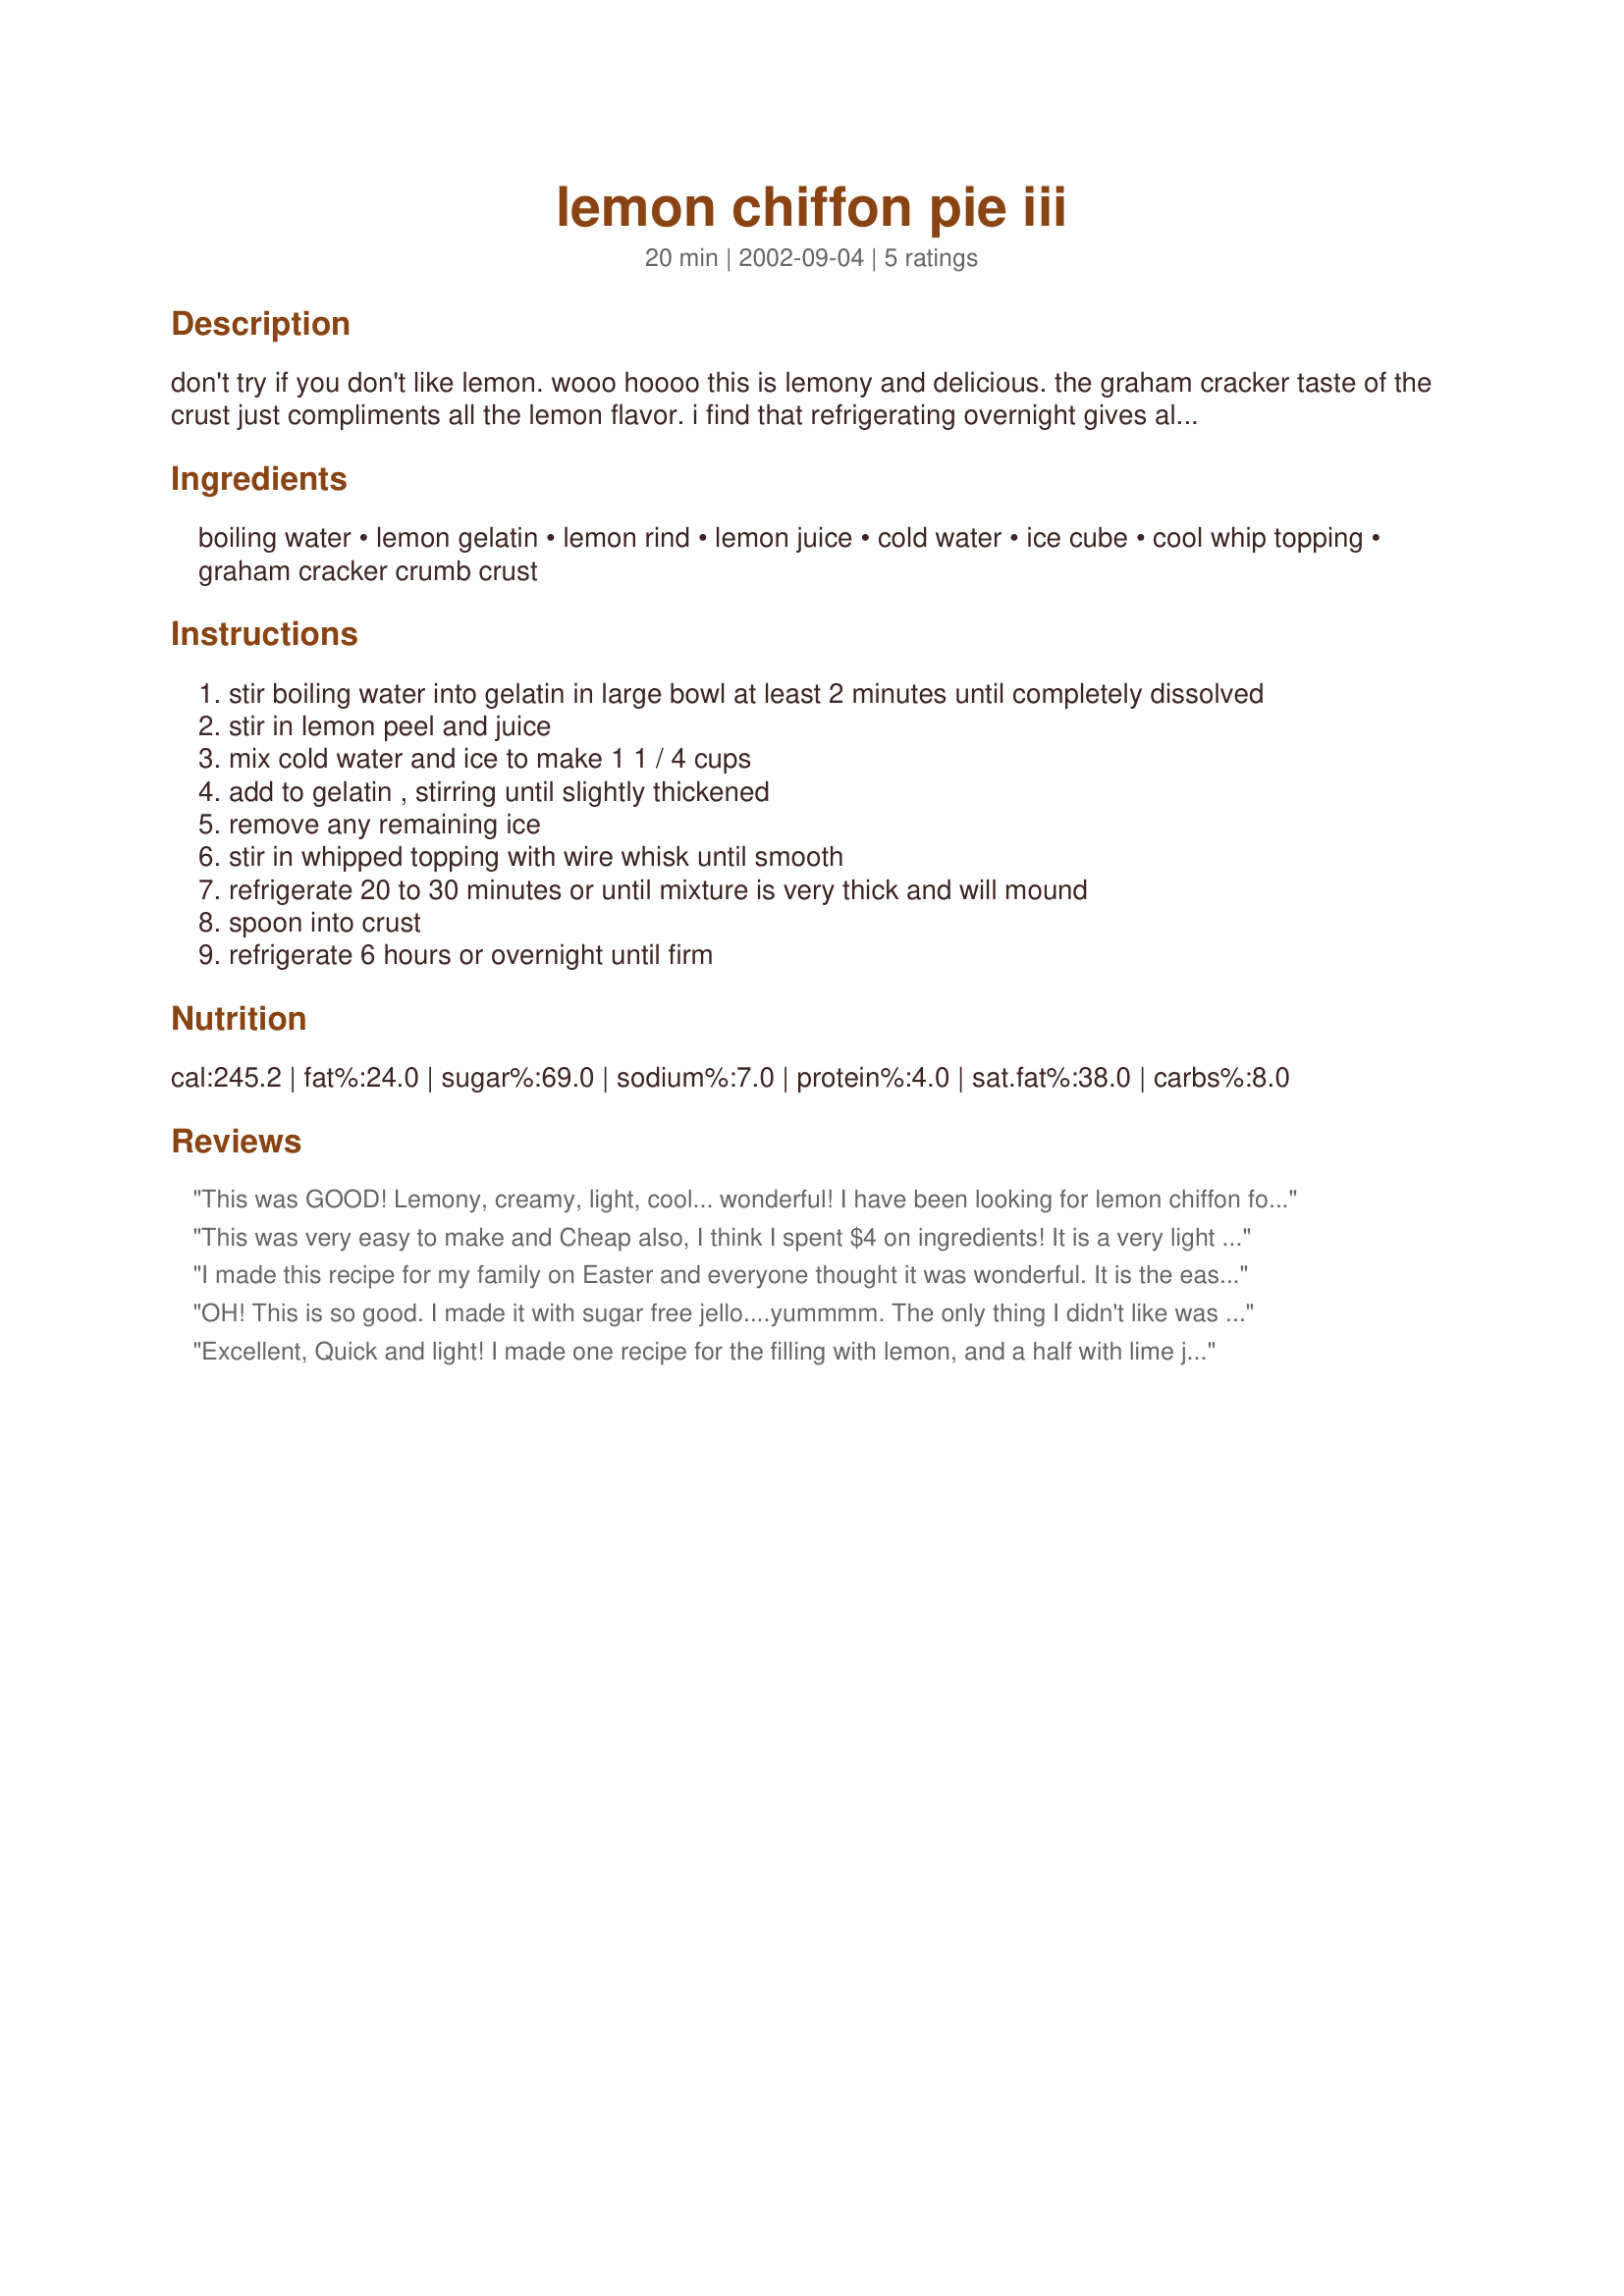
lemon chiffon pie iii
Preparation time: 20 minutes

don't try if you don't like lemon. wooo hoooo this is lemony and delicious. the graham cracker taste of the crust just compliments all the lemon flavor. i find that refrigerating overnight gives all the ingredients time to really have that taste a "chiffon" pie such as this should have. i got this recipe out of my jello brand recipe book years ago. been making it ever since then. hope you enjoy. :)

Ingredients:
boiling water, lemon gelatin, lemon rind, lemon juice, cold water, ice cube, cool whip topping, graham cracker crumb crust

Steps:
stir boiling water into gelatin in large bowl at least 2 minutes until completely dissolved
stir in lemon peel and juice
mix cold water and ice to make 1 1 / 4 cups
add to gelatin , stirring until slightly thickened
remove any remaining ice
stir in whipped topping with wire whisk until smooth
refrigerate 20 to 30 minutes or until mixture is very thick and will mound
spoon into crust
refrigerate 6 hours or overnight until firm

Reviews:
This was GOOD! Lemony, creamy, light, cool... wonderful! I have been looking for lemon chiffon for ages, (my brother loves the buffet restaurants and I like the lemon chiffon dessert at them) most recipes I've found are complicated and I thought 'it can't be that hard'. When I saw this recipe I knew I was on the right track. I made the filling without the lemon rind and served it with no crust. The bowl was scraped clean at the end of the meal and many commented on how good it was. I note one thing was that it didn't stay firm for me as a lemon chiffon should nor was it as yellow. Maybe there's the heat factor, it's about a hundred on average these days here, or the high altitude factor. I will make this again because it was really that good. I think I will decrease the amount of cold water I add and see if it holds firmer for me. Thank you for a wonderful recipe!
This was very easy to make and Cheap also, I think I spent $4 on ingredients! It is a very light dessert a perfect ending to the meal.
I made this recipe for my family on Easter and everyone thought it was wonderful. 
It is the easiest pie I think I have ever made, the hardest part was making the graham cracker crust instead of buying one.
I also made it with sugar-free jello for my diabetic husband and he thought it was Heaven on earth.
OH! This is so good. I made it with sugar free jello....yummmm.
The only thing I didn't like was I bought a store brand of cool whip. Cool whip had been on sale and was all gone. I only put a little because it tasted so fake vanilla I was afarid it would ruin the whole thing. It taste really good and would be a lot fluffier with the right amount. And I will make it with cool whip next time....and I love lemon deserts so it will be a next time. For thanksgiving I am going to make this, divide it in 1/2 add 4 ounces of craem cheese to one half, and a little yellow food coloring to the other with the cool whip. I will layer it in disposable wine glasses. I put what I make tonight in the wine glasses so they will travel good for tomorrow. Layered it will look very pretty while everyone else is eating sugar deserts I'll be happy with mine. thankyou.
I can't eat sugar so with sugar free I am in heaven. I am thinking this would be good with strawberry during the summer when strawberries are really good.
Thanks for taking the time to post.
Excellent, Quick and light! I made one recipe for the filling with lemon, and a half with lime jello, and layered the lime on the lemon, topped with a sprig of mint for prettiness. It was great and sooo easy!
